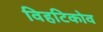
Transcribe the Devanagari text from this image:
विहटिकोव